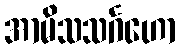
အာမိသသင်္ဂဟော